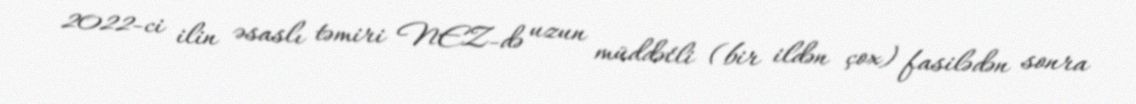
2022-ci ilin əsaslı təmiri NEZ-də uzun müddətli (bir ildən çox) fasilədən sonra